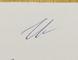
Signature authenticity: genuine